Scientific memoirs by medical officers of the Army of India - Part X,
Year: 1897
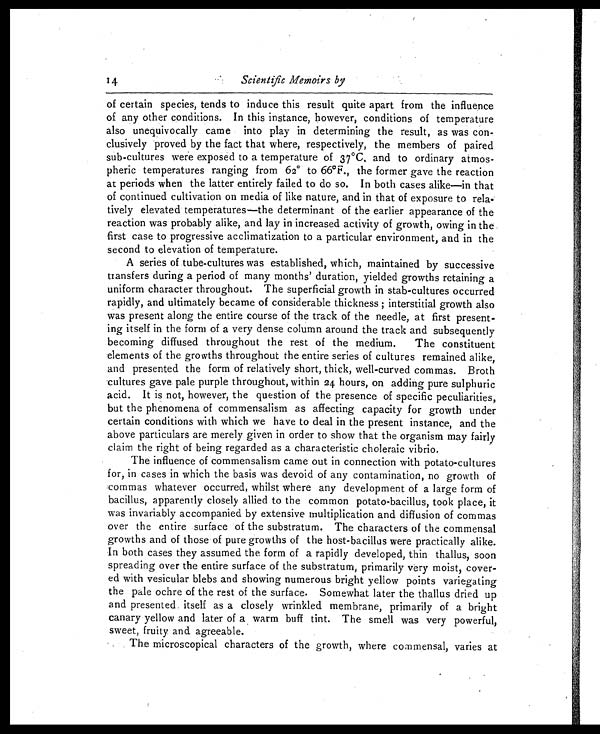
Sc i e n t i f i c Me mo i r s b y
of certain species, tends to induce this result quite apart from the influence
of any other conditions. In this instance, however, conditions of temperature
also unequivocally came into play in determining the result, as was con
- c l u s i v e l y p r o v e d b y t h e f a c t t h a t w h e r e , r e s p e c t i v e l y , t h e m e m b e r s o f p a i r e d
sub-cultures were exposed to a temperature of 37°C, and to ordinary atmos
- p h e r i c t e m p e r a t u r e s r a n g i n g f r o m 6 2° t o 6 6°F . , t h e f o r m e r g a v e t h e r e a c t i o n
at periods when the latter entirely failed to do so. In both cases alike—in that
of continued cultivation on media of like nature, and in that of exposure to rela
-tively elevated temperatures—the determinant of the earlier appearance of the
reaction was probably alike, and lay in increased activity of growth, owing in the
first case to progressive acclimatization to a particular environment, and in the
second to elevation of temperature.
A series of tube-cultures was established, which, maintained by successive
transfers during a period of many months' duration, yielded growths retaining a
uniform character throughout. The superficial growth in stab-cultures occurred
rapidly, and ultimately became of considerable thickness ; interstitial growth also
was present along the entire course of the track of the needle, at first present
- i n g i t s e l f i n t h e f o r m o f a v e r y d e n s e c o l u m n a r o u n d t h e t r a c k a n d s u b s e q u e n t l y
becoming diffused throughout the rest of the medium. The constituent
elements of the growths throughout the entire series of cultures remained alike,
and presented the form of relatively short, thick, well-curved commas. Broth
cultures gave pale purple throughout, within 24 hours, on adding pure sulphuric
acid. It is not, however, the question of the presence of specific peculiarities,
but the phenomena of commensalism as affecting capacity for growth under
certain conditions with which we have to deal in the present instance, and the
above particulars are merely given in order to show that the organism may fairly
claim the right of being regarded as a characteristic choleraic vibrio.
The influence of commensalism came out in connection with potato-cultures
for, in cases in which the basis was devoid of any contamination, no growth of
commas whatever occurred, whilst where any development of a large form of
bacillus, apparently closely allied to the common potato-bacillus, took place, it
was invariably accompanied by extensive multiplication and diffusion of commas
over the entire surface of the substratum. The characters of the commensal
growths and of those of pure growths of the host-bacillus were practically alike.
In both cases they assumed the form of a rapidly developed, thin thallus, soon
spreading over the entire surface of the substratum, primarily very moist, cover
-ed with vesicular blebs and showing numerous bright yellow points variegating
the pale ochre of the rest of the surface. Somewhat later the thallus dried up
and presented itself as a closely wrinkled membrane, primarily of a bright
canary yellow and later of a warm buff tint. The smell was very powerful,
sweet, fruity and agreeable.
The microscopical characters of the growth, where commensal, varies at